Report on the working of the Ranchi Indian Mental Hospital, Kanke, in Bihar and Orissa - 1930-1940
Year: 1930
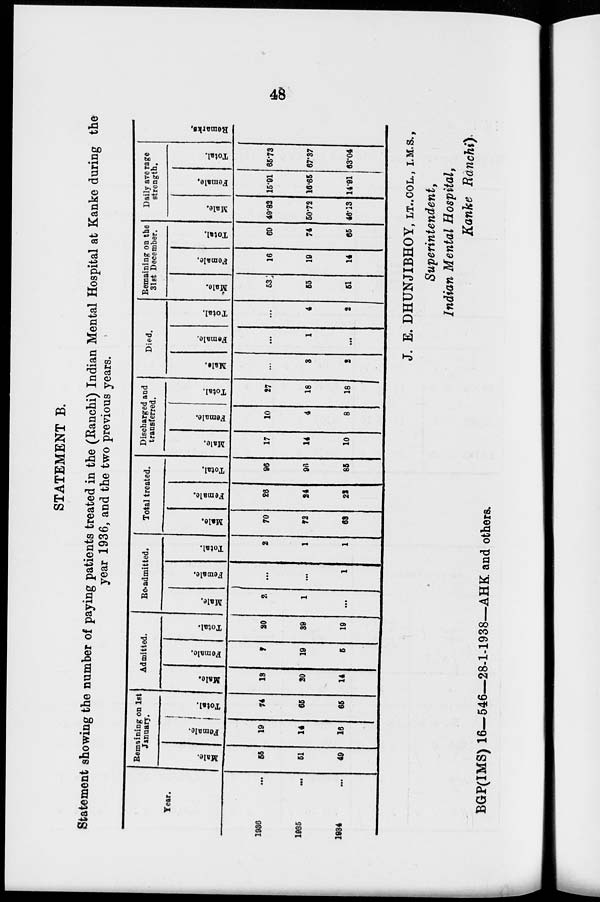
48
STATEMENT B.
Statement showing the number of paying patients treated in the (Ranchi) Indian Mental Hospital at Kanke during the
year 1936, and the two previous years.
Year.
1936 ...
1935 ...
1934 ...
Remaining on 1st
January.
Male.
55
51
49
Female.
19
14
16
Total.
74
65
65
Admitted.
Male.
13
20
14
Female.
7
19
5
Total.
20
39
19
Re-admitted.
Male.
2
1
...
Female.
...
...
1
Total.
2
1
1
Total treated.
Male.
70
72
63
Female.
26
24
22
Total.
96
96
85
Discharged and
transferred.
Male.
17
14
10
Female.
10
4
8
Total.
27
18
18
Died.
Male.
...
3
2
Female.
...
1
...
Total.
...
4
2
Remaining on the
31st December.
Male.
53
55
51
Female.
16
19
14
Total.
69
74
65
Daily average
strength.
Male.
49.82
50.72
46.13
Female,
15.91
16.65
14.91
Total.
65.73
67.37
63.04
Remarks.
J. E. DHUNJIBHOY, LT., COL., I.M.S.,
Superintendent,
Indian Mental Hospital,
Kanke Ranchi).
BGP(IMS) 16—546—28-1-1938—AHK and others.